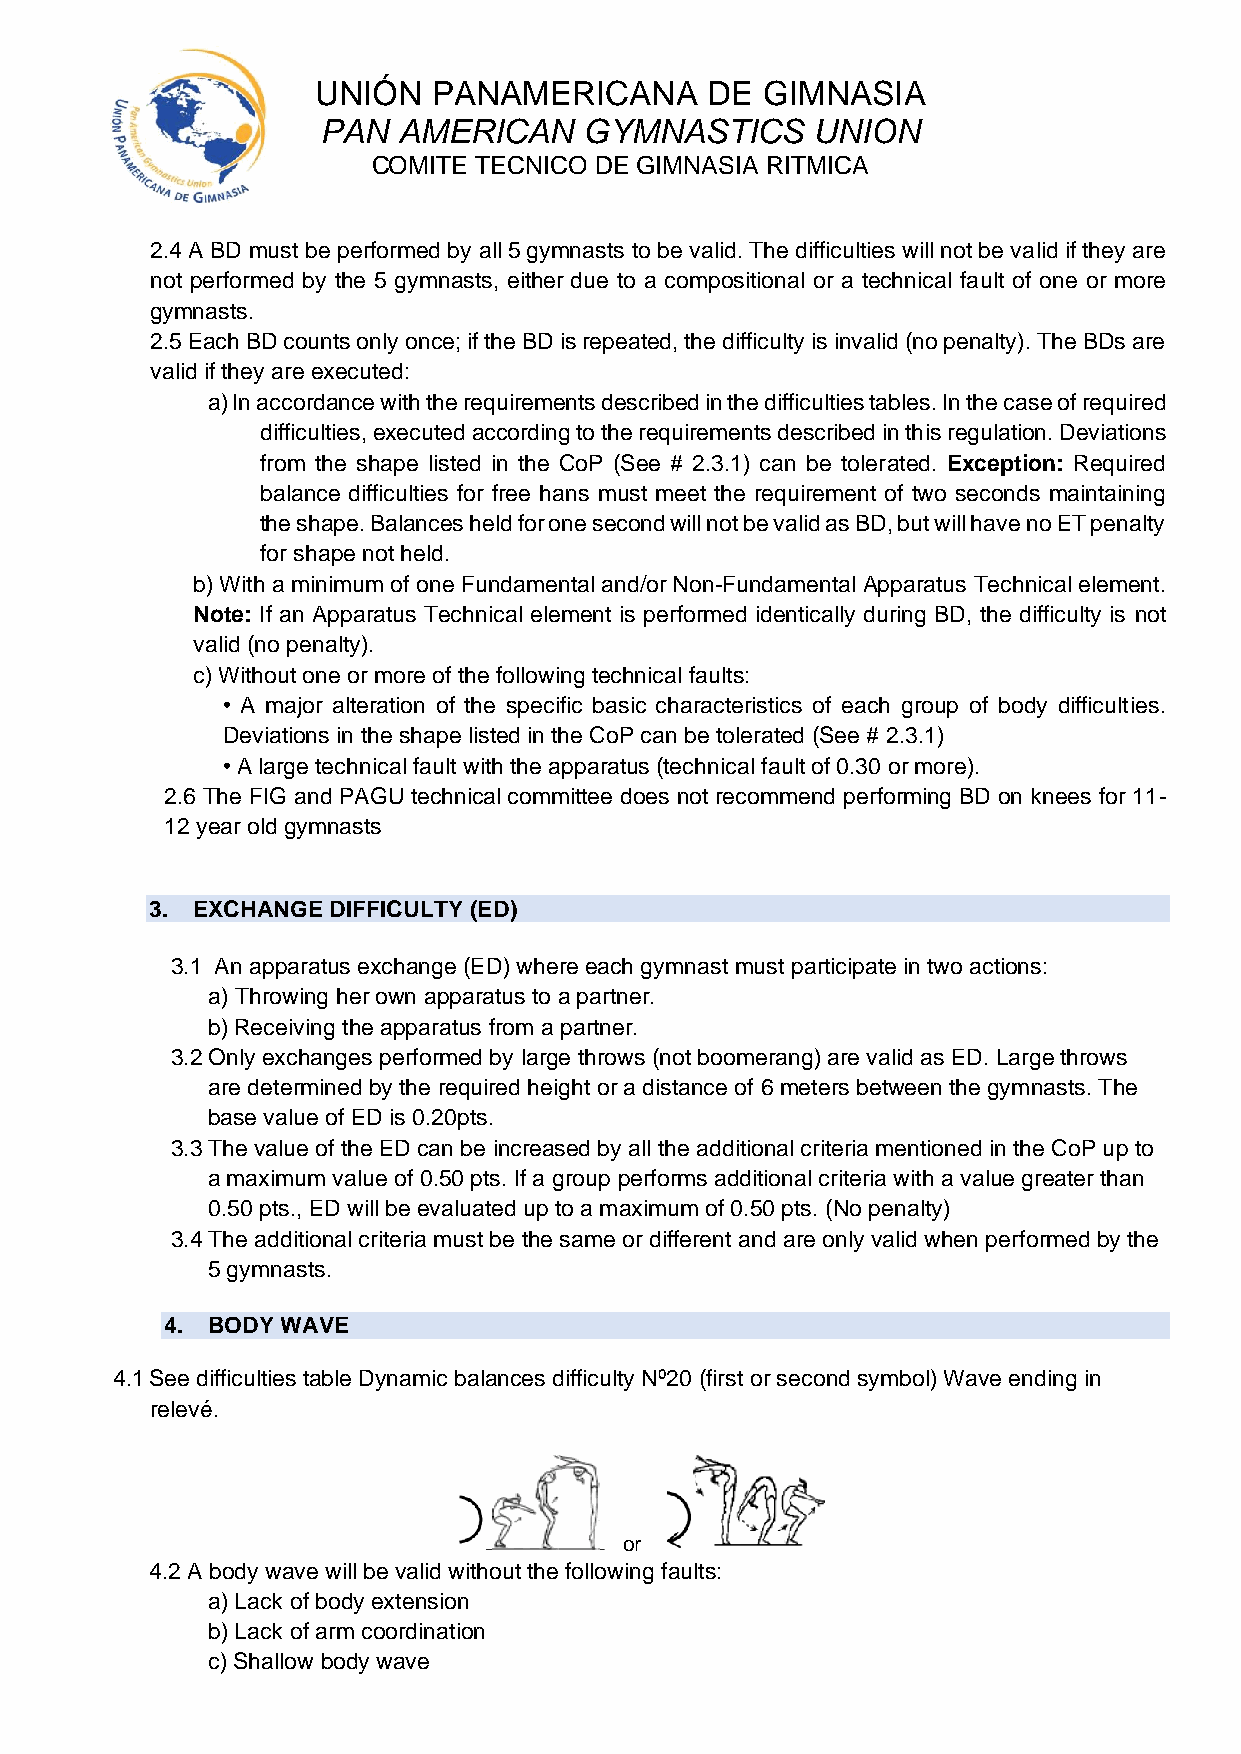
UNIÓN   PANAMERICANA      DE GIMNASIA
 PAN  AMERICAN     GYMNASTICS     UNION
 COMITE TECNICO DE GIMNASIA RITMICA
 2.4 A BD must be performed by all 5 gymnasts to be valid. The difficulties will not be valid if they are
 not performed by the 5 gymnasts, either due to a compositional or a technical fault of one or more
 gymnasts.
 2.5 Each BD counts only once; if the BD is repeated, the difficulty is invalid (no penalty). The BDs are
 valid if they are executed:
 a) In accordance with the requirements described in the difficulties tables. In the case of required
 difficulties, executed according to the requirements described in this regulation. Deviations
 from the shape listed in the CoP (See # 2.3.1) can be tolerated. Exception: Required
 balance difficulties for free hans must meet the requirement of two seconds maintaining
 the shape. Balances held for one second will not be valid as BD, but will have no ET penalty
 for shape not held.
 b) With a minimum of one Fundamental and/or Non-Fundamental Apparatus Technical element.
 Note: If an Apparatus Technical element is performed identically during BD, the difficulty is not
 valid (no penalty).
 c) Without one or more of the following technical faults:
 • A major alteration of the specific basic characteristics of each group of body difficulties.
 Deviations in the shape listed in the CoP can be tolerated (See # 2.3.1)
 • A large technical fault with the apparatus (technical fault of 0.30 or more).
 2.6 The FIG and PAGU technical committee does not recommend performing BD on knees for 11-
 12 year old gymnasts
 3. EXCHANGE DIFFICULTY (ED)
 3.1 An apparatus exchange (ED) where each gymnast must participate in two actions:
 a) Throwing her own apparatus to a partner.
 b) Receiving the apparatus from a partner.
 3.2 Only exchanges performed by large throws (not boomerang) are valid as ED. Large throws
 are determined by the required height or a distance of 6 meters between the gymnasts. The
 base value of ED is 0.20pts.
 3.3 The value of the ED can be increased by all the additional criteria mentioned in the CoP up to
 a maximum value of 0.50 pts. If a group performs additional criteria with a value greater than
 0.50 pts., ED will be evaluated up to a maximum of 0.50 pts. (No penalty)
 3.4 The additional criteria must be the same or different and are only valid when performed by the
 5 gymnasts.
 4. BODY WAVE
 4.1 See difficulties table Dynamic balances difficulty Nº20 (first or second symbol) Wave ending in
 relevé.
 or
 4.2 A body wave will be valid without the following faults:
 a) Lack of body extension
 b) Lack of arm coordination
 c) Shallow body wave